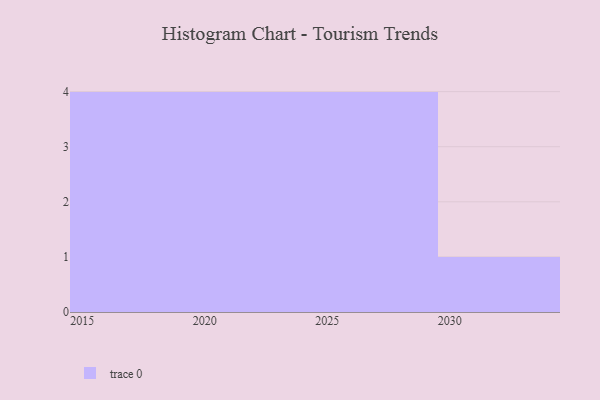
{"axis": {"x": "Year", "y": "Satisfaction Score"}, "legend": [""], "data": [{"x": "2019", "y": 11, "type": ""}, {"x": "2017", "y": 28, "type": ""}, {"x": "2027", "y": 96, "type": ""}, {"x": "2028", "y": 40, "type": ""}, {"x": "2025", "y": 77, "type": ""}, {"x": "2021", "y": 9, "type": ""}, {"x": "2024", "y": 61, "type": ""}, {"x": "2018", "y": 96, "type": ""}, {"x": "2029", "y": 3, "type": ""}, {"x": "2020", "y": 71, "type": ""}, {"x": "2030", "y": 15, "type": ""}, {"x": "2015", "y": 30, "type": ""}, {"x": "2023", "y": 61, "type": ""}]}